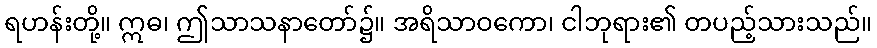
ရဟန်းတို့။ ဣဓ၊ ဤသာသနာတော်၌။ အရိသာဝကော၊ ငါဘုရား၏ တပည့်သားသည်။